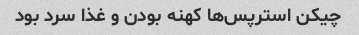
چیکن استرپس‌ها کهنه بودن و غذا سرد بود